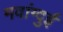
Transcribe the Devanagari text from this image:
मवांग्दुई